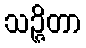
သဉ္ဇိတာ